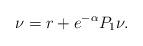
LaTeX: \begin{align*}\nu = r+ e^{-\alpha}P_1\nu.\end{align*}